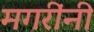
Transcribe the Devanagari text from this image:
मगरींनी